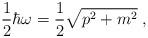
LaTeX: \begin{align*}\frac{1}{2}\hbar\omega = \frac{1}{2}\sqrt{p^2 + m^2} \;,\end{align*}